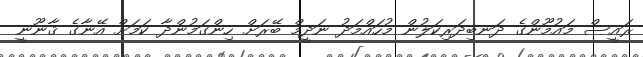
ރައީސް މައުމޫންގެ ދަނބިދަރިކަލުން މުހައްމަދު ނަދީމް ބޭރަށް ހިންގަމުންދާ ކަމަށް އޭނާގެ ޤާނޫނީ